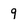
Character: 9